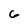
Character: 6